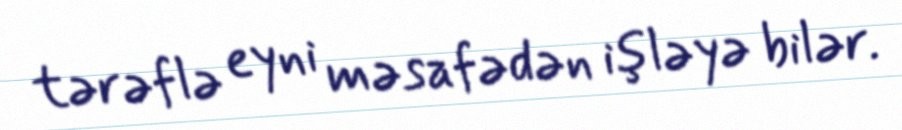
tərəflə eyni məsafədən işləyə bilər.